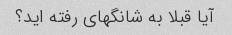
آیا قبلا به شانگهای رفته اید؟